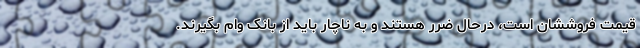
قیمت فروششان است، درحال ضرر هستند و به ناچار باید از بانک وام بگیرند.